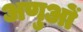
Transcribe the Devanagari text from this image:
अणुआें